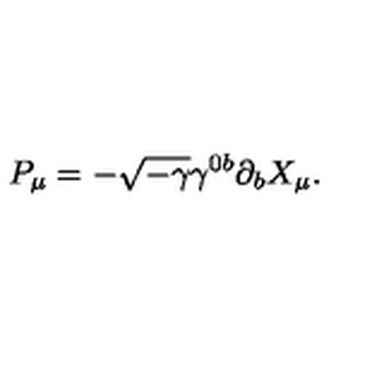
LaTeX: P _ { \mu } = - \sqrt { - \gamma } \gamma ^ { 0 b } \partial _ { b } X _ { \mu } .